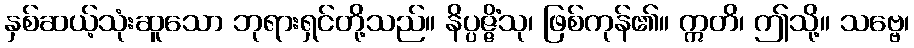
နှစ်ဆယ့်သုံးဆူသော ဘုရားရှင်တို့သည်။ နိပ္ပဇ္ဇိံသု၊ ဖြစ်ကုန်၏။ ဣတိ၊ ဤသို့။ သဗ္ဗေ၊